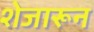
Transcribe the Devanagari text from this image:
शेजारून